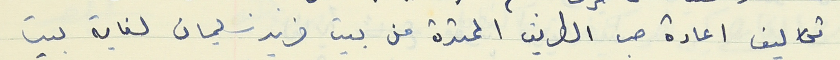
تكاليف اعادة صب الطريق الممتدة من بيت فريد سليمان لغاية بيت